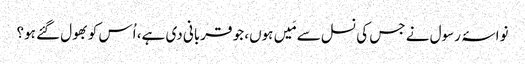
نواسۂ رسول نے جس کی نسل سے مَیں ہوں، جو قربانی دی ہے، اُس کو بھول گئے ہو؟